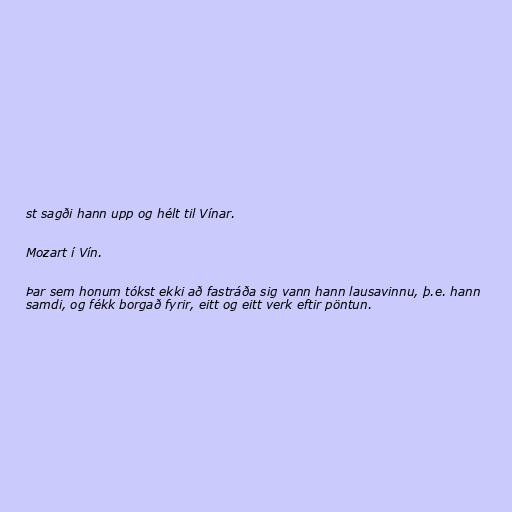
st sagði hann upp og hélt til Vínar.

Mozart í Vín.

Þar sem honum tókst ekki að fastráða sig vann hann lausavinnu, þ.e. hann
samdi, og fékk borgað fyrir, eitt og eitt verk eftir pöntun.